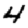
Digit: 4